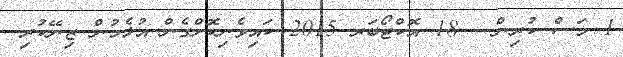
1 މަސް ކުރިން - 18 އޮކްޓޯބަރ 2015 ކައިވެނިކޮށްގެން އުޅެމުން ޒިނޭކުރި